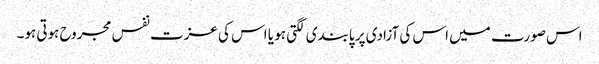
اس صورت میں اس کی آزادی پر پابندی لگتی ہو یا اس کی عزت نفس مجروح ہوتی ہو۔